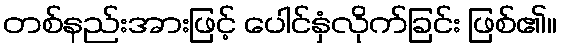
တစ်နည်းအားဖြင့် ပေါင်နှံလိုက်ခြင်း ဖြစ်၏။